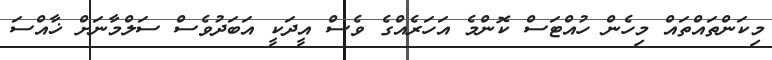
މިކަންތައްތައް މިހެން ހުއްޓަސް ކޮންމެ އަހަރެއްގެ ވެސް އީދަކީ އަބަދުވެސް ސަލްމާނަށް ޚާއްސަ